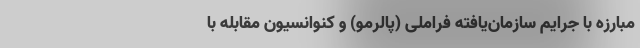
مبارزه با جرایم سازمان‌یافته فراملی (پالرمو) و کنوانسیون مقابله با